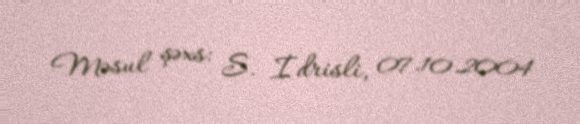
Məsul şəxs: S. İdrisli, 07.10.2004